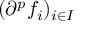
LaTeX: ( \partial ^ { p } f _ { i } ) _ { i \in I }